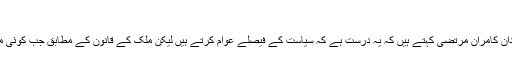
"
سپریم کورٹ بار ایسوسی ایشن کے سابق صدر اور معروف قانون دان کامران مرتضیٰ کہتے ہیں کہ یہ درست ہے کہ سیاست کے فیصلے عوام کرتے ہیں لیکن ملک کے قانون کے مطابق جب کوئی معاملہ عدالت میں جاتا ہے تو عدالتوں کو اس پر فیصلہ دینا ہوتا ہے۔